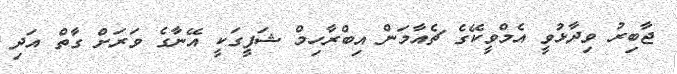
ޖާބިރު ވިދާޅުވީ އެމްވީކޭގެ ޗެއާމަން އިބްރާހިމް ޝަފީގަކީ އޭނާގެ ވަރަށް ގާތް އަދި